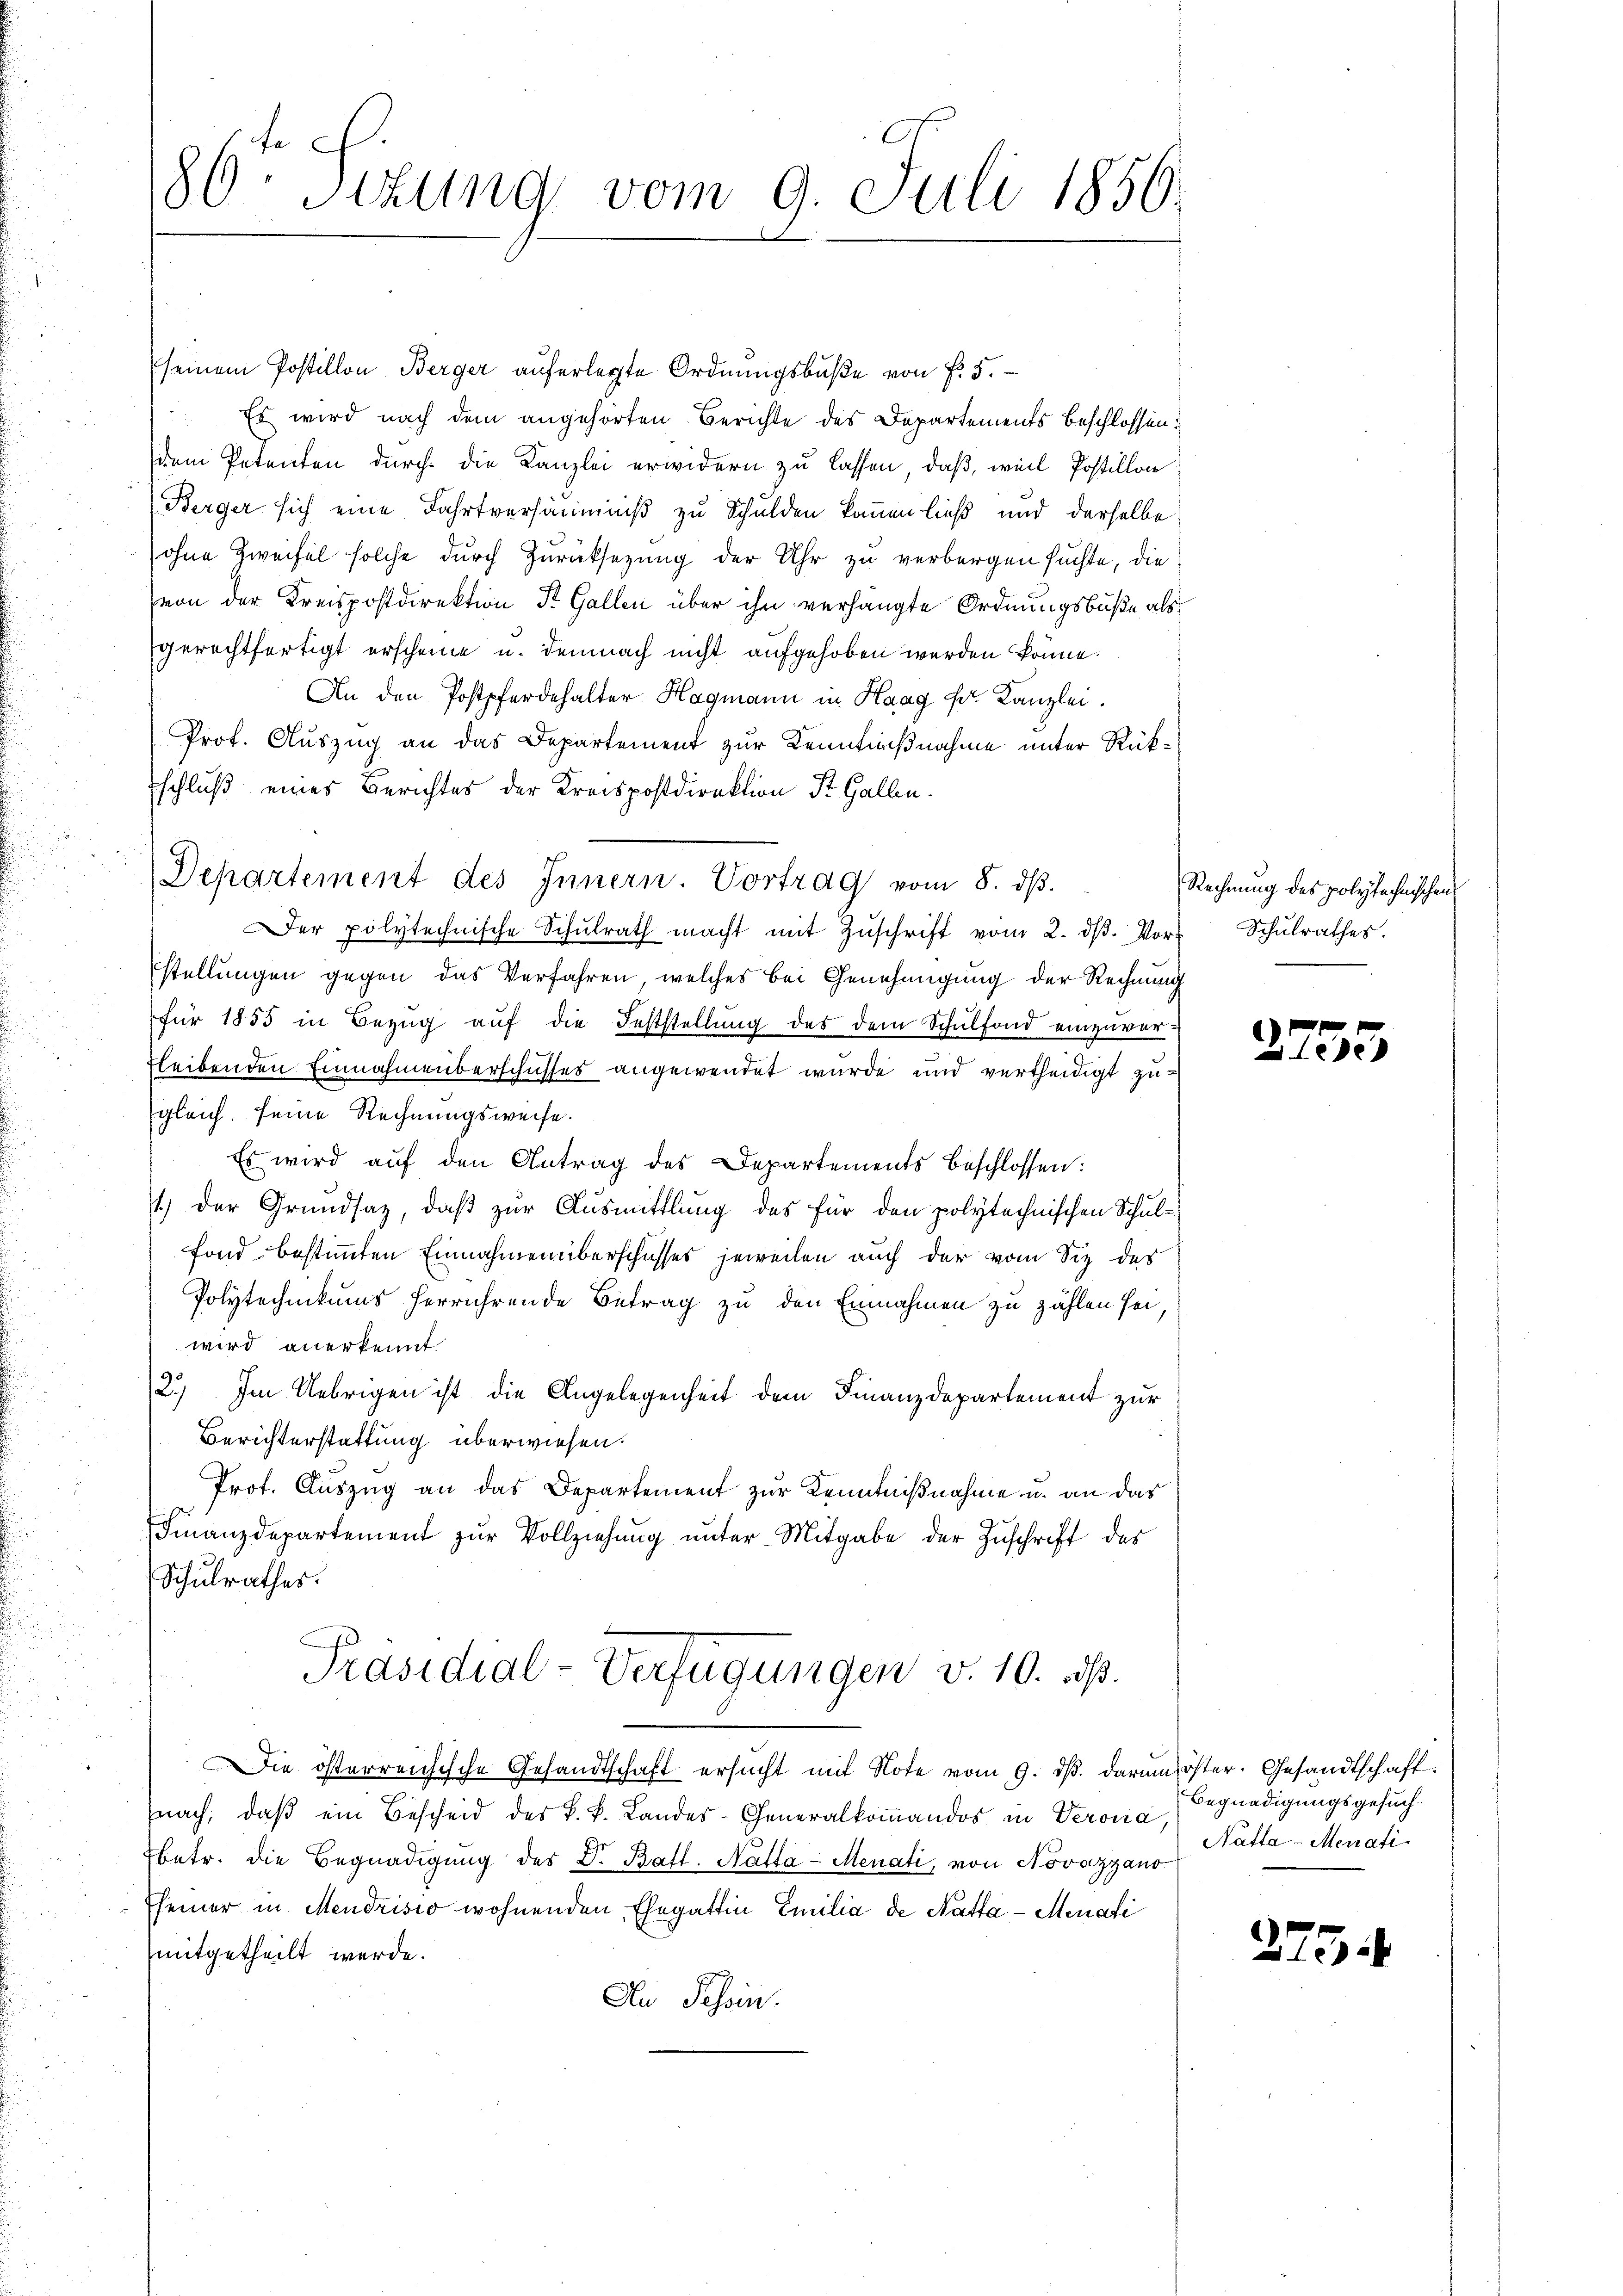
80. Sekung vom 9. Juli 1856.

seinem Postillon Berger auferlegte Ordnungsbuße von f. 5.
Es wird nach dem angehörten Berichte des Departements beschlossen:
dem Petenten durch die Kanzlei erwidern zu lassen, daß, weil Postillon
Berger sich eine Fahrtversäumniß zu Schulden kommen ließ und derselbe
ohne Zweifel solche durch Zurücksezung der Uhr zu verborgen suchte, die
von der Kreispostdirektion St. Gallen über ihn verhängte Ordnungsbuße als
gerechtfertigt erscheine u. demnach nicht aufgehoben werden könne.
An den Postpferdehalter Hagmann in Haag Fr. Kanzlei.
Prof. Auszug an das Departement zur Kenntnißnahme unter Rück¬
Eschluß eines Berichtes der Kreispostdirektion St. Gallen.
Departement des Innern. Vortrag vom 8. dβ.
Der polytechnische Schŭlrath macht mit Zŭschrift vom 2. dβ. Vor Schŭlrathes.
stellungen gegen das Verfahren, welches bei Genehmigung der Rechnung
für 1855 in Bezug auf die Feststellung des dem Schulfond einzuver-
bleibenden Einnahmeüberschusses angewendet wurde und vertheidigt zugleich, seine Rechnungsweise.
Es wird auf den Antrag des Departements beschlossen:
1.) Der Grundsaz, daß zur Ausmittlung des für den polytechnischen Schulfond bestimmten Einnahmen überschusses jeweilen auch der vom Siz des
Polytechnikums herrührende Betrag zu den Einnahmen zu zählen sei,
wird anerkennt
2.) Im Uebrigen ist die Angelegenheit dem Finanzdepartement zur
Berichterstattung überwiesen.
Prot. Auszug an das Departement zur Kenntnißnahme u. an das
Finanzdepartement zŭr Vollziehŭng ŭnter Mitgabe der Zŭschrift des
Schulrathes.
Präsidial-Verfügungen v. 10. ds.
Die österreichische Gesandtschaft ersucht mit Note vom 9. dβ darum öster. Gesandtschaftnach, daβ ein Bescheid des k. k. Landes-Generalkoṁandos in Veronia
betr. die Begnadigung des Dr. Batt. Nalta - Menati, von Novazzano-
Eseiner in Mendrisio wohnenden Ehegattin Emilia de Natta - Menati
mitgetheilt werde.
Au Tessin.

Rechnung des polytechnischen

2755

Begnadigungsgesuch.
Natta - Menati

275.